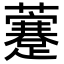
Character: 𧃕